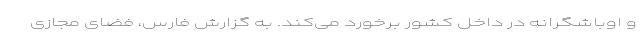
و اوباشگرانه در داخل کشور برخورد می‌کند. به گزارش فارس، فضای مجازی